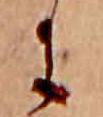
に